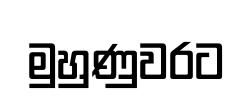
මුහුණුවරට